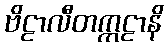
ဗိဠာလီတက္ကဠာနိ